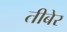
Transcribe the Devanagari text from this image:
तीबेर